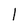
Character: I